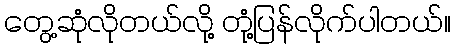
တွေ့ဆုံလိုတယ်လို့ တုံ့ပြန်လိုက်ပါတယ်။